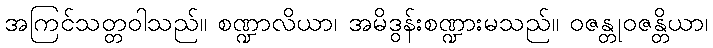
အကြင်သတ္တဝါသည်။ စဏ္ဍာလိယာ၊ အမိဒွန်းစဏ္ဍားမသည်။ ဝဇန္တုဝဇန္တိယာ၊